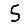
Digit: 5